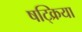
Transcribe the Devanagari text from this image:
षट्क्रिया